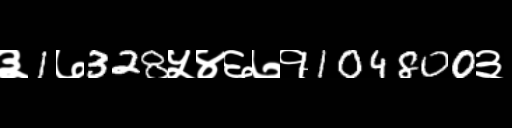
Text: ३1७328५४६७१104800३